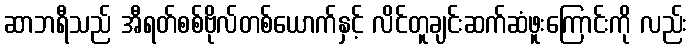
ဆာဘရီသည် အီရတ်စစ်ဗိုလ်တစ်ယောက်နှင့် လိင်တူချင်းဆက်ဆံဖူးကြောင်းကို လည်း